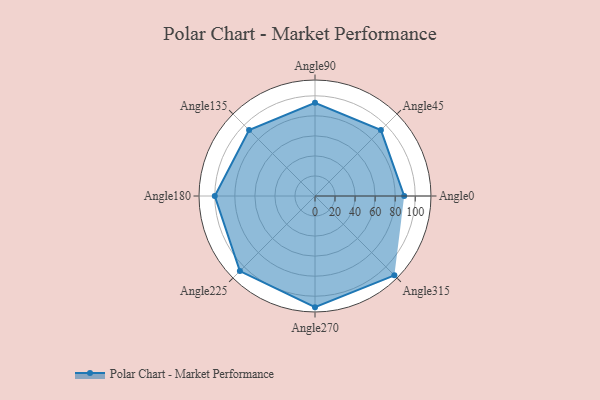
{"axis": {"x": "Angle", "y": "Radius"}, "legend": [""], "data": [{"x": "Angle0", "y": 89.0, "type": ""}, {"x": "Angle45", "y": 93.0, "type": ""}, {"x": "Angle90", "y": 93.0, "type": ""}, {"x": "Angle135", "y": 93.0, "type": ""}, {"x": "Angle180", "y": 100.0, "type": ""}, {"x": "Angle225", "y": 106.0, "type": ""}, {"x": "Angle270", "y": 111.0, "type": ""}, {"x": "Angle315", "y": 112.0, "type": ""}]}